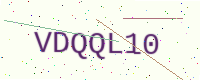
Text: VDQQL10